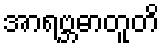
အာရဗ္ဘဓာတူတိ